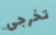
تخرجى